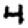
Digit: 4